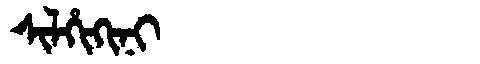
Manchu: ᠰᡳᠯᡥᡳᡴᡳᠨᡳ
Romanization: SILHIKINI